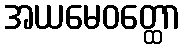
အယမေဝတ္ထော